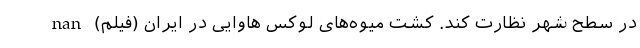
در سطح شهر نظارت کند. کشت میوه‌های لوکس هاوایی در ایران (فیلم) nan